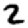
Digit: 2